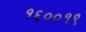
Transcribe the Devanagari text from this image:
१६००१९